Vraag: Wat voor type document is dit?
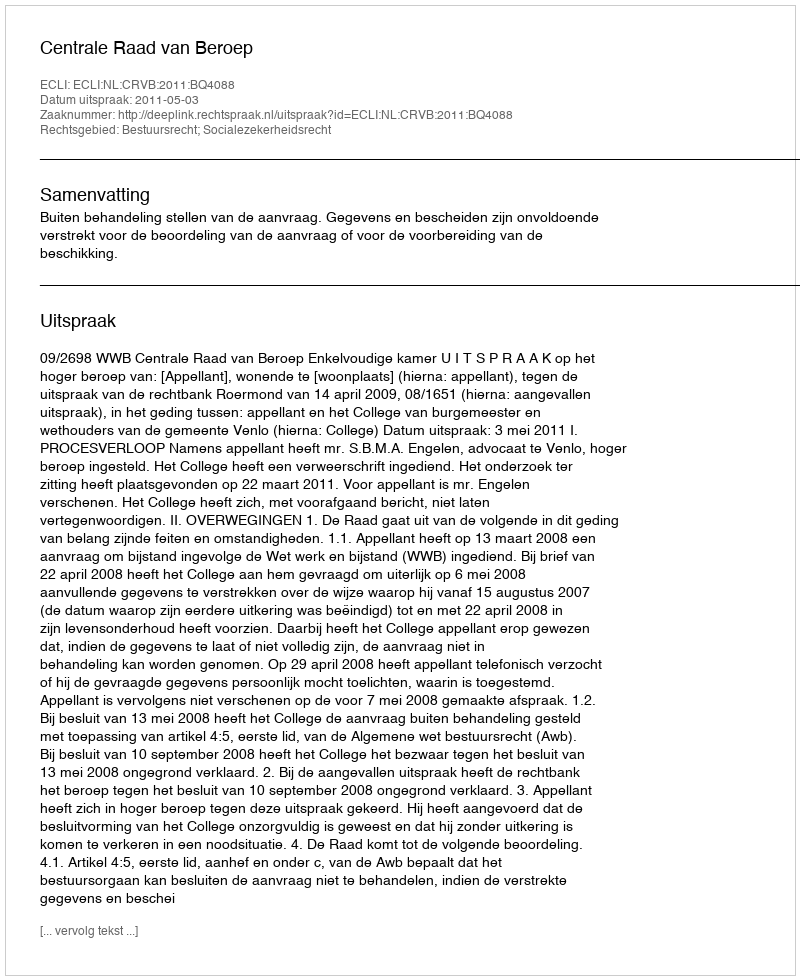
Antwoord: Uitspraak